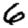
Digit: 6